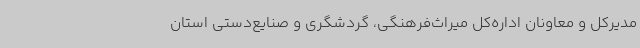
مدیرکل و معاونان اداره‌کل میراث‌فرهنگی، گردشگری و صنایع‌دستی استان